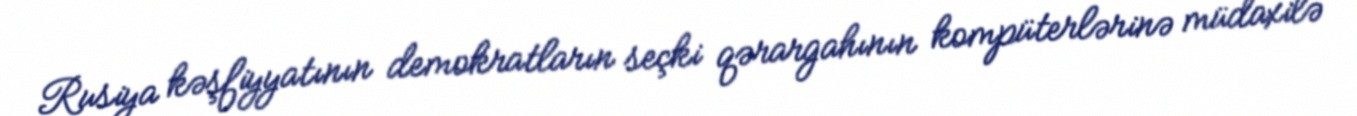
Rusiya kəşfiyyatının demokratların seçki qərargahının kompüterlərinə müdaxilə